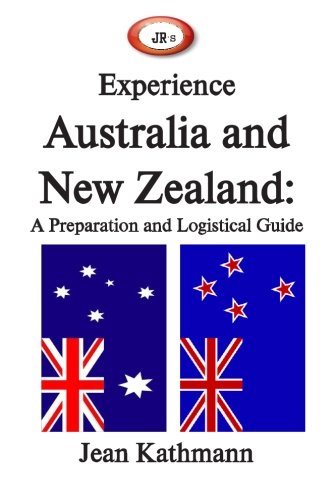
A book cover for JR's Experience Australia and New Zealand: A Preparation and Logistical Guide (JR's Experience Travel Series) (Volume 3); Jean M Kathmann; Travel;